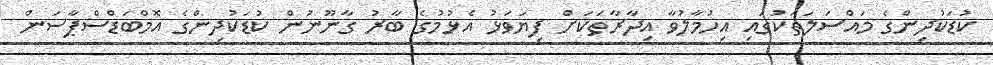
ކުޑަކުދިންގެ މައްސަލަތަކުގައި އިހުމާލުވާ އިދާރާތަކަށް ފިޔަވަޅު އެޅުމުގެ ބާރު ގާނޫނުން ކުޑަކުދިންގެ އޮމްބަޑްސްޕާސަން